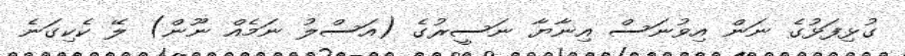
ގުޅިފަޅުގެ ނަން އިވުނަސް އިނާޔާ ނަސީރުގެ (އަސްލު ނަމެއް ނޫން) ލޭ ކެކިގަނެ